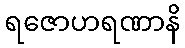
ရဇောဟရဏာနိ